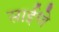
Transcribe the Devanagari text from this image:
साईंचे